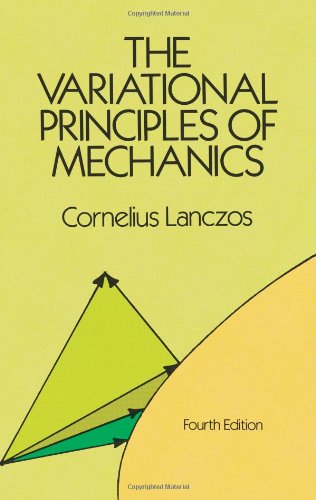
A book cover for The Variational Principles of Mechanics (Dover Books on Physics); Cornelius Lanczos; Science & Math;